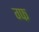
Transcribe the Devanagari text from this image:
ग्फ